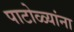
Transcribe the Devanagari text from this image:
पाटोळ्यांना